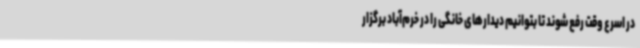
در اسرع وقت رفع شوند تا بتوانیم دیدارهای خانگی را در خرم‌آباد برگزار